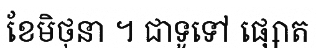
ខែមិថុនា ។ ជាទូទៅ ផ្សោត